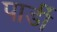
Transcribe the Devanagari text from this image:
पार्डी